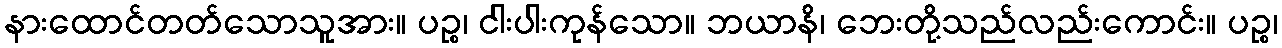
နားထောင်တတ်သောသူအား။ ပဉ္စ၊ ငါးပါးကုန်သော။ ဘယာနိ၊ ဘေးတို့သည်လည်းကောင်း။ ပဉ္စ၊